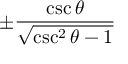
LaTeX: \pm { \frac { \csc \theta } { \sqrt { \csc ^ { 2 } \theta - 1 } } }